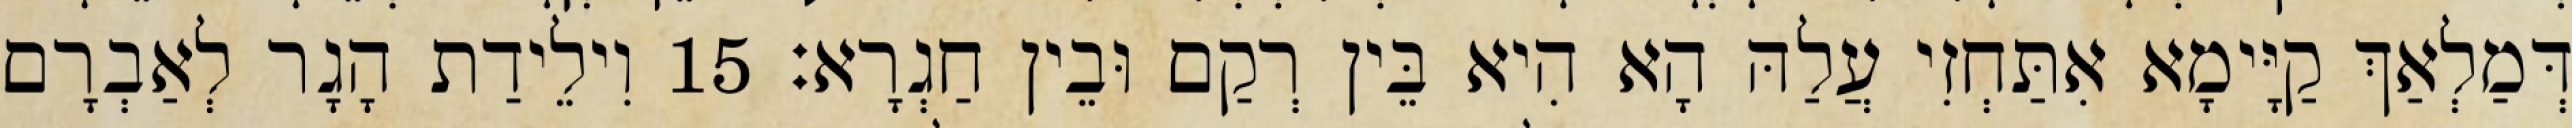
דְּמַלְאַךְ קַיָּימָא אִתַּחְזִי עֲלַהּ הָא הִיא בֵּין רְקַם וּבֵין חַגְרָא׃ 15 וִילֵידַת הָגָר לְאַבְרָם